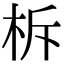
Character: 柝